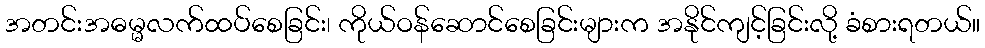
အတင်းအဓမ္မလက်ထပ်စေခြင်း၊ ကိုယ်ဝန်ဆောင်စေခြင်းများက အနိုင်ကျင့်ခြင်းလို့ ခံစားရတယ်။